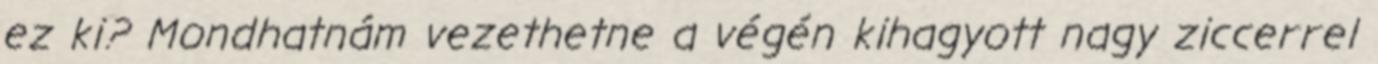
ez ki? Mondhatnám vezethetne a végén kihagyott nagy ziccerrel